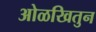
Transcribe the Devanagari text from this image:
ओळखितुन